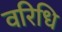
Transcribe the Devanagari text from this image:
वरिधि